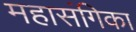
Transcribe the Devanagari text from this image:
महासंगिका